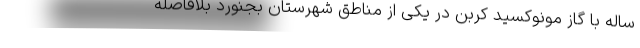
ساله با گاز مونوکسید کربن در یکی از مناطق شهرستان بجنورد بلافاصله